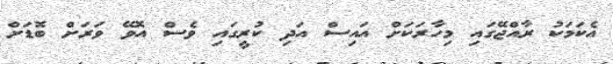
އެކަމަކު ރާއްޖޭގައި މިހާރަކަށް އައިސް އަދި ކުރީގައި ވެސް އޮވޭ ވަރަށް ބޮޑަށް